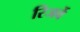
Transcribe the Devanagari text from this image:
रिजर्वे